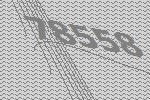
78558